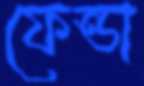
ফেন্ডা